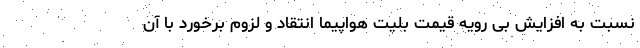
نسبت به افزایش بی رویه قیمت بلیت هواپیما انتقاد و لزوم برخورد با آن